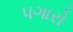
પગારો